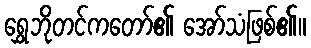
ရွှေဘိုတင်ကတော်၏ အော်သံဖြစ်၏။